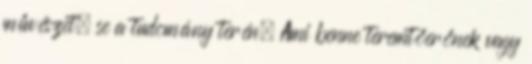
művészet, se a tudomány terén. Ami benne teremtőerőnek vagy